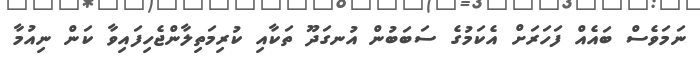
ނަމަވެސް ބައެއް ފަހަރަށް އެކަމުގެ ސަބަބުން އުނގަދޫ ތަކާއި ކުރިމަތިލާންޖެހިފައިވާ ކަން ނިއުމާ